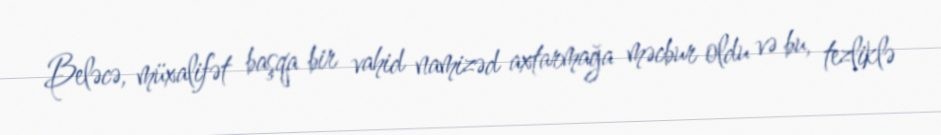
Beləcə, müxalifət başqa bir vahid namizəd axtarmağa məcbur oldu və bu, tezliklə